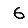
Digit: 6